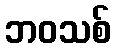
ဘဝသစ်